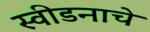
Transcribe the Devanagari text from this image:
स्वीडनाचे